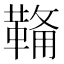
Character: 𮧟